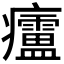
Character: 𱱲